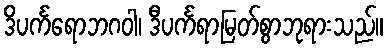
ဒိပင်္ကရောဘဂဝါ၊ ဒီပင်္ကရာမြတ်စွာဘုရားသည်။